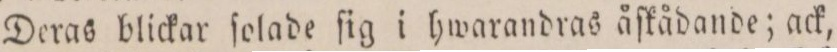
Deras blickar ſolade ſig i hwarandras åſkådande; ack,